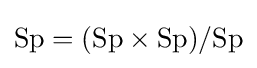
\mathrm {Sp} =(\mathrm {Sp} \times \mathrm {Sp} )/\mathrm {Sp}